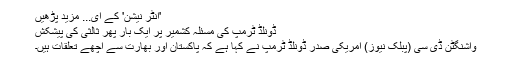
'انٹر نیشن' کے ای... مزید پڑھیں
ڈونلڈ ٹرمپ کی مسئلہ کشمیر پر ایک بار پھر ثالثی کی پیشکش
واشنگٹن ڈی سی (پبلک نیوز) امریکی صدر ڈونلڈ ٹرمپ نے کہا ہے کہ پاکستان اور بھارت سے اچھے تعلقات ہیں۔